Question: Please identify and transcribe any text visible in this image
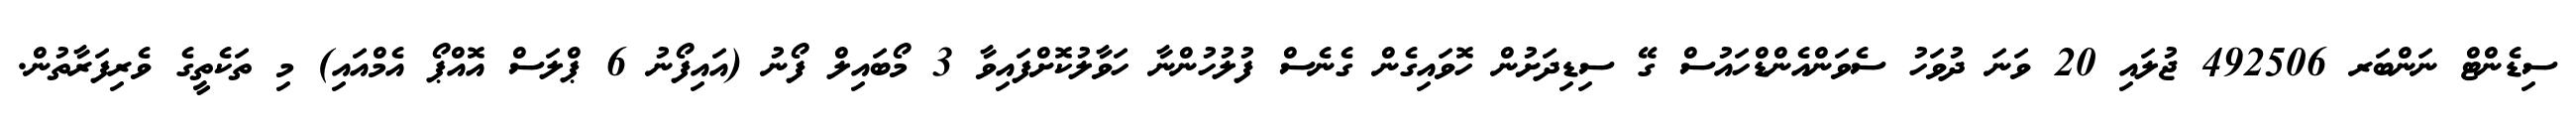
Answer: ސިޑެންޓް ނަންބަރ 492506 ޖުލައި 20 ވަނަ ދުވަހު ސެވަންއެންޑްހައުސް ގޭ ސިޑިދަށުން ހޮވައިގެން ގެނެސް ފުލުހުންނާ ހަވާލުކޮށްފައިވާ 3 މޯބައިލް ފޯނު (އައިފޯނު 6 ޕްލަސް އޮއްޕޯ އެމްއައި) މި ތަކެތީގެ ވެރިފަރާތުން.